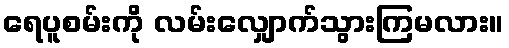
ရေပူစမ်းကို လမ်းလျှောက်သွားကြမလား။